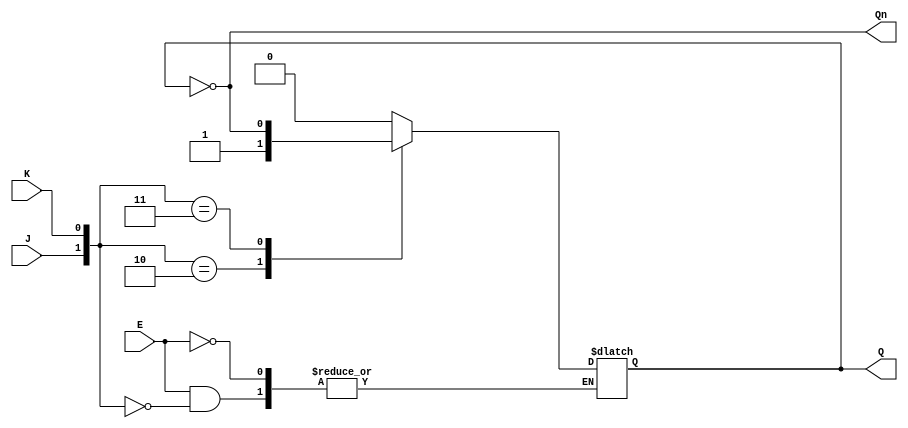
module GatedJKLatch (
    input wire J,      // Set input
    input wire K,      // Reset input
    input wire E,      // Enable input
    output reg Q,      // Output Q
    output wire Qn     // Complementary output Q'
);

    // Complementary output
    assign Qn = ~Q;

    always @(*) begin
        if (E) begin
            // When enable is high, respond to J and K
            case ({J, K})
                2'b00: Q <= Q;         // No change
                2'b01: Q <= 1'b0;      // Reset
                2'b10: Q <= 1'b1;      // Set
                2'b11: Q <= ~Q;        // Toggle
                default: Q <= Q;       // Default case (should not occur)
            endcase
        end
        // If E is low, Q retains its previous state (no assignment)
    end

endmodule